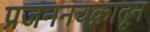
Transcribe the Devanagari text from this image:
प्रजननचक्रातून